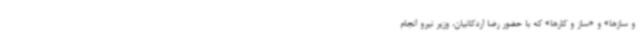
و سازها» و «ساز و کارها» که با حضور رضا اردکانیان، وزیر نیرو انجام